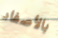
بالأصفاد